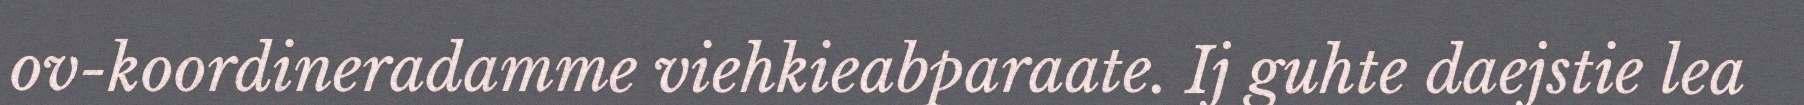
ov-koordineradamme viehkieabparaate. Ij guhte daejstie lea